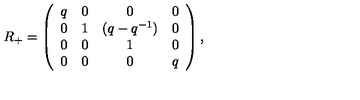
R _ { + } = \left( \begin{array} { c c c c } { q } & { 0 } & { 0 } & { 0 } \\ { 0 } & { 1 } & { ( q - q ^ { - 1 } ) } & { 0 } \\ { 0 } & { 0 } & { 1 } & { 0 } \\ { 0 } & { 0 } & { 0 } & { q } \\ \end{array} \right) ,